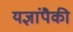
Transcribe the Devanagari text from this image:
यज्ञांपैकी